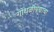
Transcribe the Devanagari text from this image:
गोंधळीपणाचा